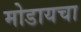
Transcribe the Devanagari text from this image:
मोडायचा